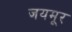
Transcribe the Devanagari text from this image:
जयमूर